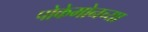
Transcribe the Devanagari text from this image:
पोकेमोनच्या